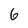
Character: 6